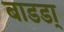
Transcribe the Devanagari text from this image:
बाडडा्